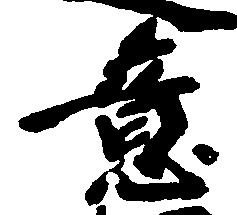
意